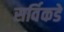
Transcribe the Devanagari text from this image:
सर्विकडे